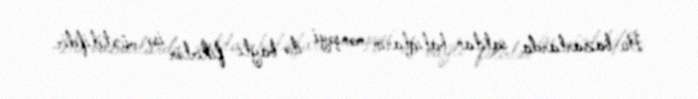
Bu bazarlarda satılan balıqların mənşəyi ilə bağlı fikirlər isə müxtəlifdir.